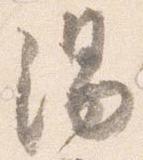
湯